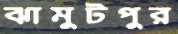
ঝামুটপুর